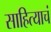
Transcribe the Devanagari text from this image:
साहित्याचं